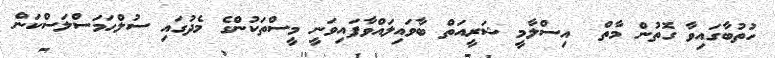
ހުތުބާގައިވާ ގޮތުން މާތް  އިސްލާމީ ޝަރީއަތް ބާވައިލައްވާފައިވަނީ މީސްތަކުންގެ މެދުގައި ސުލްހަމަސްލަސްކަން